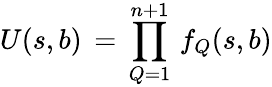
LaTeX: U(s,b)\, =\, \prod_{Q=1}^{n+1}\, f_{Q}(s,b)